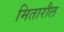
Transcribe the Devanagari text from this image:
मितारौल